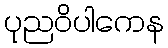
ပုညဝိပါကေန